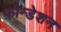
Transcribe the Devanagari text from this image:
फौन्डेशन